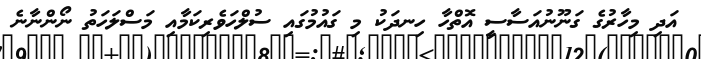
އަދި މިހާރުގެ ގަނޫނުއަސާސީ އޮތްހާ ހިނދަކު މި ގައުމުގައި ސުލްހަވެރިކަމާއި މަސްލަހަތު ނޯންނާނެ